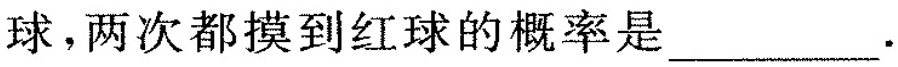
球，两次都摸到红球的概率是___.